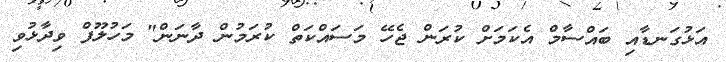
އަޅުގަނޑާއި ބައްސާމް އެކަމަށް ކުރަން ޖެހޭ މަސައްކަތް ކުރަމުން ދާނަން" މަހުލޫފް ވިދާޅުވި